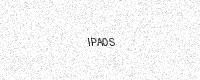
Text: IPA0S